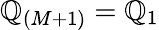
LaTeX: \mathbb{Q}_{(M+1)}=\mathbb{Q}_{1}